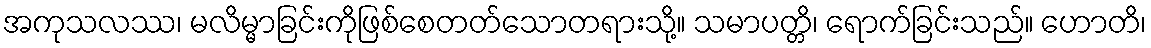
အကုသလဿ၊ မလိမ္မာခြင်းကိုဖြစ်စေတတ်သောတရားသို့။ သမာပတ္တိ၊ ရောက်ခြင်းသည်။ ဟောတိ၊